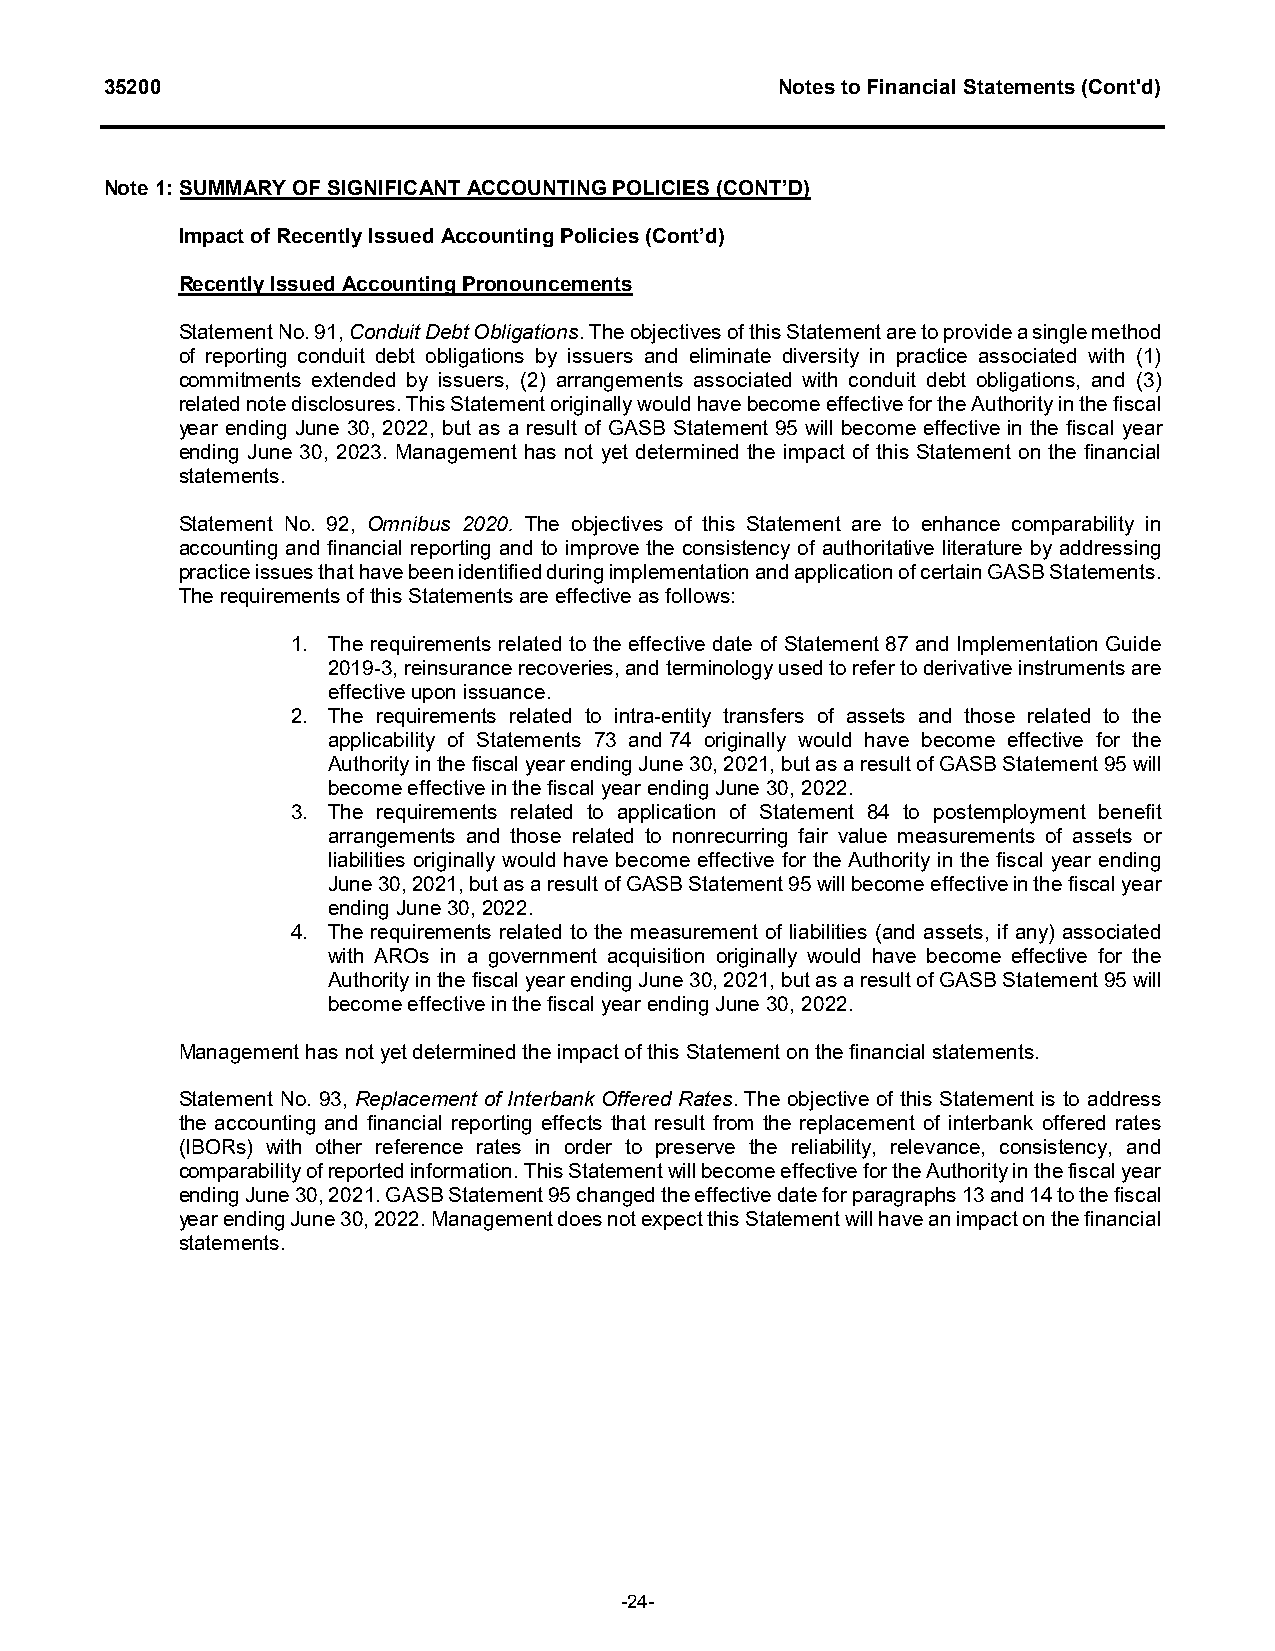
35200                                        Notes to Financial Statements (Cont'd)
 Note 1: SUMMARY OF SIGNIFICANT ACCOUNTING POLICIES (CONT’D)
 Impact of Recently Issued Accounting Policies (Cont’d)
 Recently Issued Accounting Pronouncements
 Statement No. 91, Conduit Debt Obligations. The objectives of this Statement are to provide a single method
 of reporting conduit debt obligations by issuers and eliminate diversity in practice associated with (1)
 commitments extended by issuers, (2) arrangements associated with conduit debt obligations, and (3)
 related note disclosures. This Statement originally would have become effective for the Authority in the fiscal
 year ending June 30, 2022, but as a result of GASB Statement 95 will become effective in the fiscal year
 ending June 30, 2023. Management has not yet determined the impact of this Statement on the financial
 statements.
 Statement No. 92, Omnibus 2020. The objectives of this Statement are to enhance comparability in
 accounting and financial reporting and to improve the consistency of authoritative literature by addressing
 practice issues that have been identified during implementation and application of certain GASB Statements.
 The requirements of this Statements are effective as follows:
 1. The requirements related to the effective date of Statement 87 and Implementation Guide
 2019-3, reinsurance recoveries, and terminology used to refer to derivative instruments are
 effective upon issuance.
 2. The requirements related to intra-entity transfers of assets and those related to the
 applicability of Statements 73 and 74 originally would have become effective for the
 Authority in the fiscal year ending June 30, 2021, but as a result of GASB Statement 95 will
 become effective in the fiscal year ending June 30, 2022.
 3. The requirements related to application of Statement 84 to postemployment benefit
 arrangements and those related to nonrecurring fair value measurements of assets or
 liabilities originally would have become effective for the Authority in the fiscal year ending
 June 30, 2021, but as a result of GASB Statement 95 will become effective in the fiscal year
 ending June 30, 2022.
 4. The requirements related to the measurement of liabilities (and assets, if any) associated
 with AROs in a government acquisition originally would have become effective for the
 Authority in the fiscal year ending June 30, 2021, but as a result of GASB Statement 95 will
 become effective in the fiscal year ending June 30, 2022.
 Management has not yet determined the impact of this Statement on the financial statements.
 Statement No. 93, Replacement of Interbank Offered Rates. The objective of this Statement is to address
 the accounting and financial reporting effects that result from the replacement of interbank offered rates
 (IBORs) with other reference rates in order to preserve the reliability, relevance, consistency, and
 comparability of reported information. This Statement will become effective for the Authority in the fiscal year
 ending June 30, 2021. GASB Statement 95 changed the effective date for paragraphs 13 and 14 to the fiscal
 year ending June 30, 2022. Management does not expect this Statement will have an impact on the financial
 statements.
 -24-